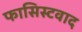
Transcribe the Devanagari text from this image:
फासिस्टवाद